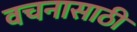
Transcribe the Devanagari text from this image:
वचनासाठी